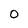
Character: 0